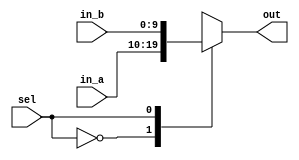
`timescale 1ps / 1ps
//////////////////////////////////////////////////////////////////////////////////
// Company: 
// Engineer: 
// 
// Design Name: 
// Module Name:    mux_2to1 
// Project Name: 
// Target Devices: 
// Tool versions: 
// Description: 
//
// Dependencies: 
//
// Revision: 
// Revision 0.01 - File Created
// Additional Comments: 
//
//////////////////////////////////////////////////////////////////////////////////

module mux_2to1(in_a,in_b,sel,out);

parameter bus_size = 10;

input [bus_size-1:0]in_a;
input [bus_size-1:0]in_b;
input sel;
output reg [bus_size-1:0]out;

initial out = 0;

always@(sel,in_a,in_b)
begin
	case (sel)
	2'b0: out <= in_a;	
	2'b1: out <= in_b;
	endcase
end

endmodule